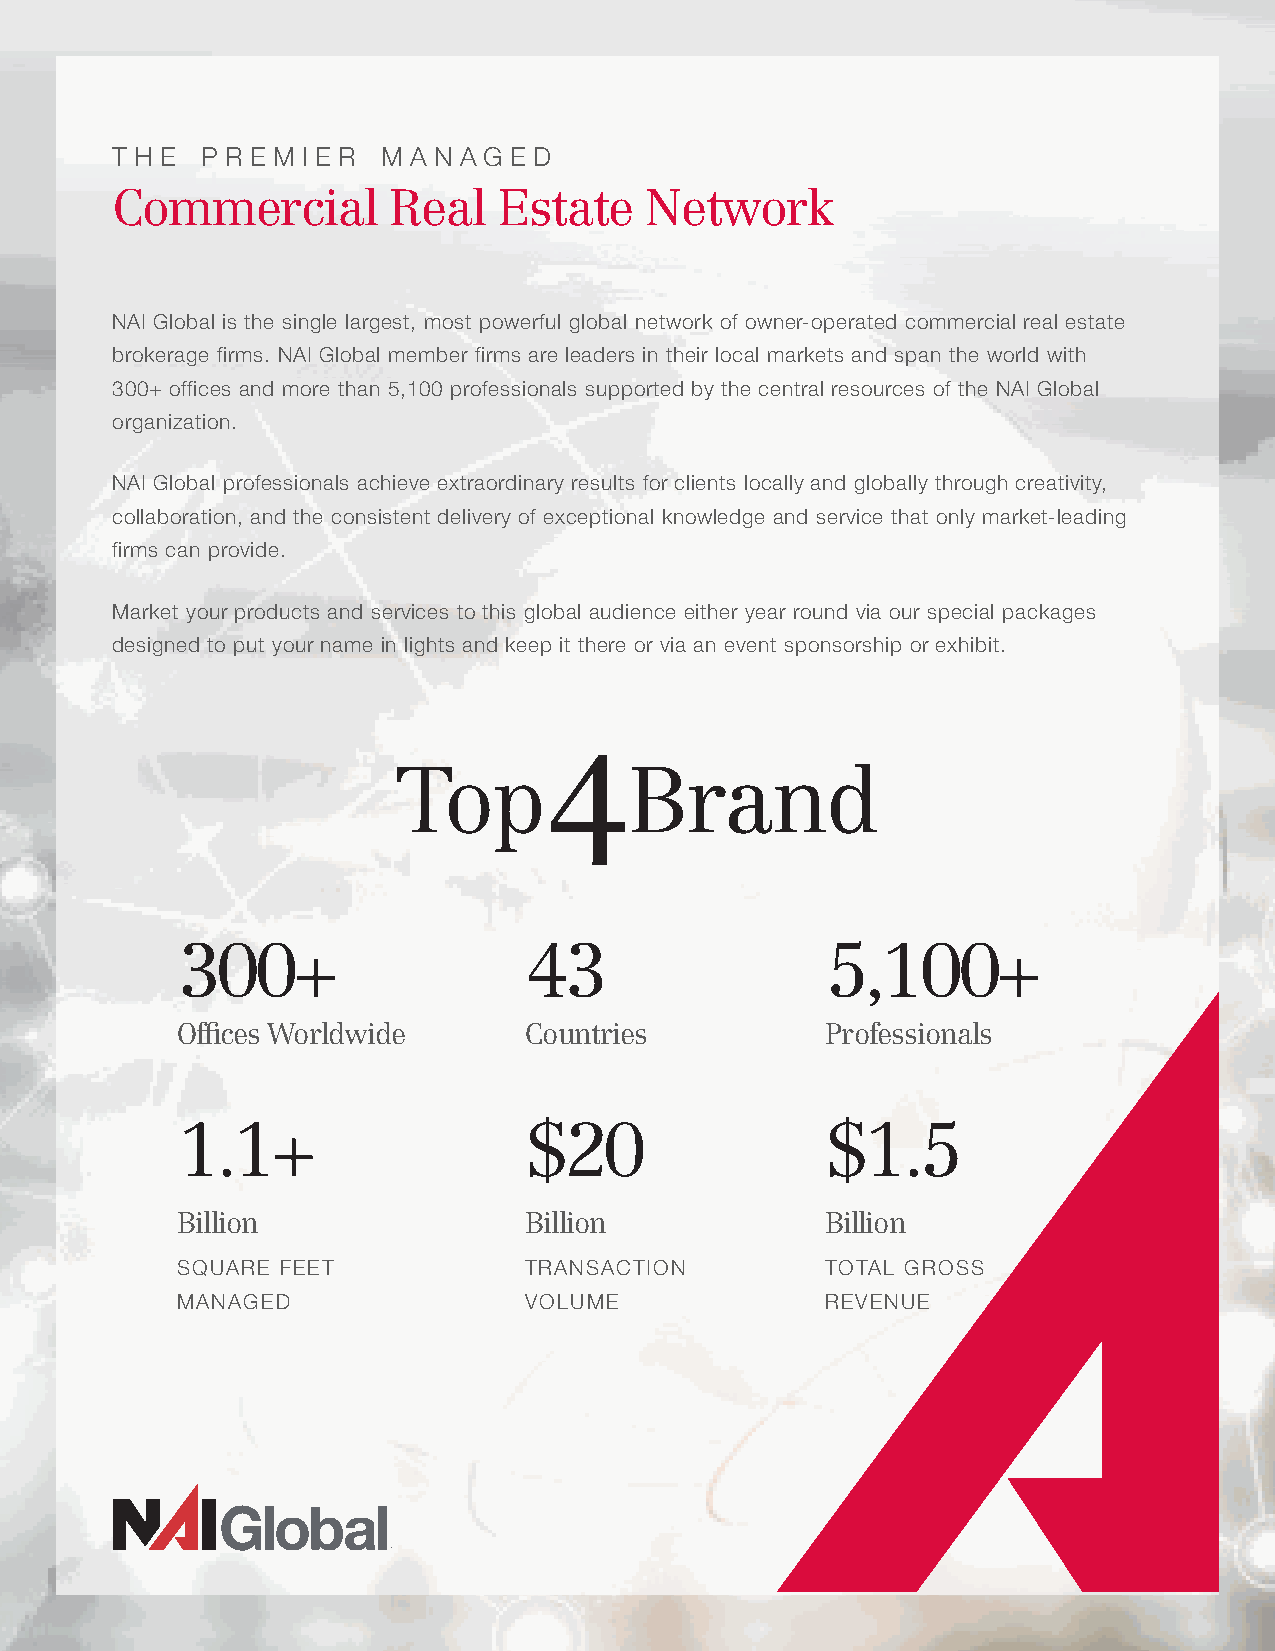
t h e p r e m i e r m a n a g e d
 Commercial         Real   Estate    Network
 NAI Global is the single largest, most powerful global network of owner-operated commercial real estate
 brokerage firms. NAI Global member firms are leaders in their local markets and span the world with
 300+ offices and more than 5,100 professionals supported by the central resources of the NAI Global
 organization.
 NAI Global professionals achieve extraordinary results for clients locally and globally through creativity,
 collaboration, and the consistent delivery of exceptional knowledge and service that only market-leading
 firms can provide.
 Market your products and services to this global audience either year round via our special packages
 designed to put your name in lights and keep it there or via an event sponsorship or exhibit.
 4
 Top             Brand
 300+                   43                  5,100+
 Offices Worldwide      Countries           Professionals
 1.1+                   $20                 $1.5
 Billion                Billion             Billion
 SQUARE FEET            TRANSACTION         TOTAL GROSS
 MANAGED                VOLUME              REVENUE